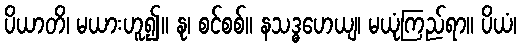
ပိယာတိ၊ မယားဟူ၍။ နု၊ စင်စစ်။ နသဒ္ဓဟေယျ၊ မယုံကြည်ရာ။ ပိယံ၊